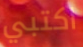
اكتبي